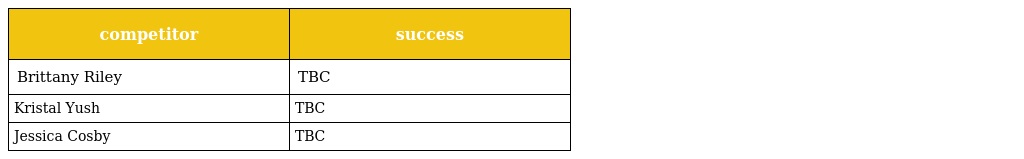
| competitor | success |
 | --- | --- |
 | Brittany Riley | TBC |
 | Kristal Yush | TBC |
 | Jessica Cosby | TBC |